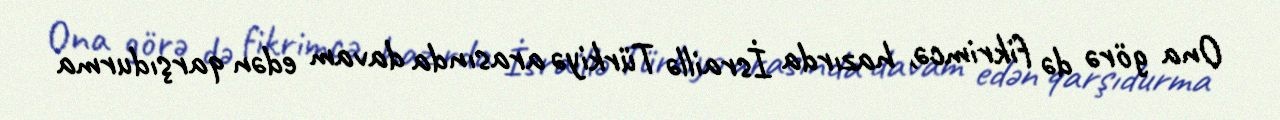
Ona görə də fikrimcə, hazırda İsraillə Türkiyə arasında davam edən qarşıdurma